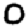
Digit: 0